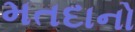
મતદાનો